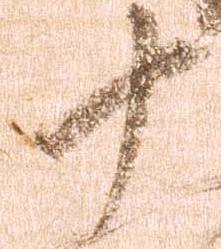
十